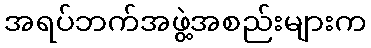
အရပ်ဘက်အဖွဲ့အစည်းများက